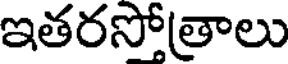
ఇతరసోత్రాలు